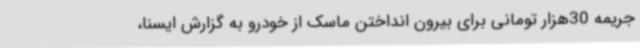
جریمه 30هزار تومانی برای بیرون انداختن ماسک از خودرو به گزارش ایسنا،